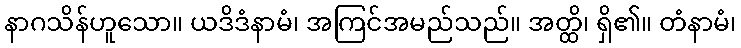
နာဂသိန်ဟူသော။ ယဒိဒံနာမံ၊ အကြင်အမည်သည်။ အတ္ထိ၊ ရှိ၏။ တံနာမံ၊